Leaving Certificate Examination (including Day School Certificate (Higher) General paper), 1927
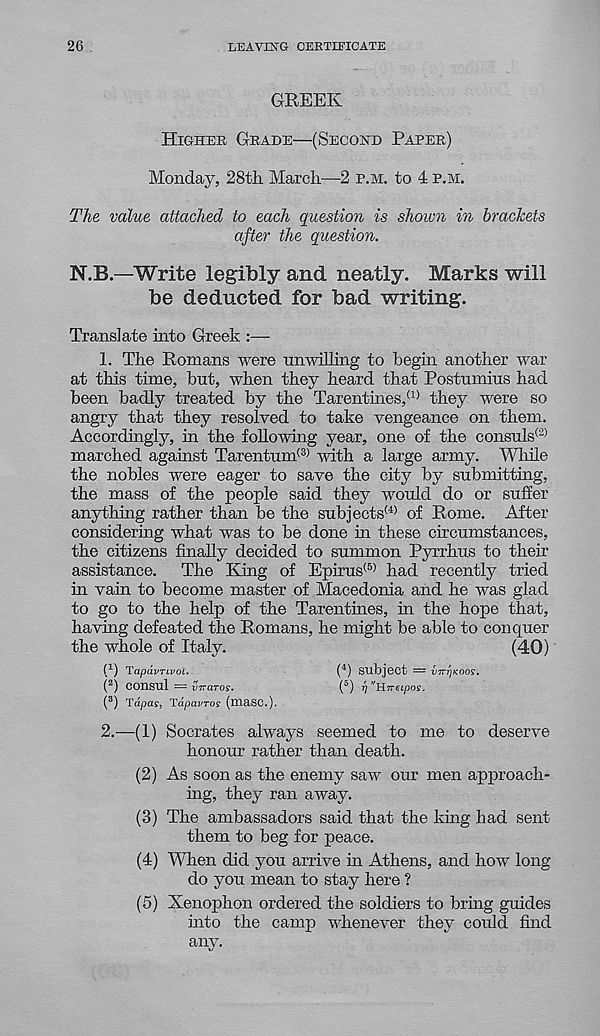
26
LEAVING CERTIFICATE
GREEK
HIGHER GRADE—(SECOND PAPER)
Monday, 28th March—2 P.M. to 4 P.M.
The value attached to each question is shown in brackets
after the question.
N.B.—Write legibly and neatly. Marks will
be deducted for bad writing.
Translate into Greek :—
1. The Romans were unwilling to begin another war
at this time, but, when they heard that Postumius had
been badly treated by the Tarentines, (1) they were so
angry that they resolved to take vengeance on them.
Accordingly, in the following year, one of the consuls®
marched against Tarentum® with a large army. While
the nobles were eager to save the city by submitting,
the mass of the people said they would do or suffer
anything rather than be the subjects® of Rome. After
considering what was to be done in these circumstances,
the citizens finally decided to summon Pyrrhus to their
assistance. The King of Epirus® had recently tried
in vain to become master of Macedonia and he was glad
to go to the help of the Tarentines, in the hope that,
having defeated the Romans, he might be able to conquer
the whole of Italy.
(40)
f 1 ) Tapavrivoc.
( 4 ) Subject = v7n']<oos.
( 2 ) Consul ~ viraros.
(°) f]’'HTreLpos.
( 3 ) Tap as, Tdpavros (maSC.).
2.
—(1) Socrates always seemed
honour rather than death.
(2) As soon as the enemy saw our men approach-
ing, they ran away.
(3) The ambassadors said that the king had sent
them to beg for peace.
(4) When did you arrive in Athens, and how long
do you mean to stay here ?
(5) Xenophon ordered the soldiers to bring guides
into the camp whenever they could find
any.